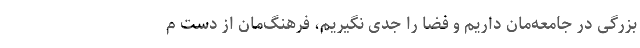
بزرگی در جامعه‌مان داریم و فضا را جدّی نگیریم، فرهنگ‌مان از دست م